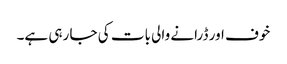
خوف اور ڈرانے والی بات کی جا رہی ہے۔